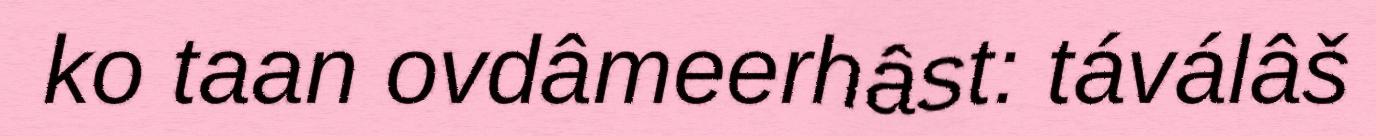
ko taan ovdâmeerhâst: táválâš